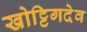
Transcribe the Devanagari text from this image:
खोट्टिगदेव